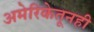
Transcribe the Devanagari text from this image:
अमेरिकेतूनही